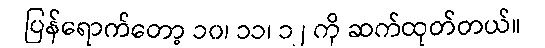
ပြန်ရောက်တော့ ၁၀၊ ၁၁၊ ၁၂ ကို ဆက်ထုတ်တယ်။